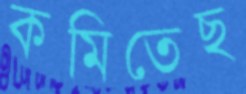
কমিতেছ